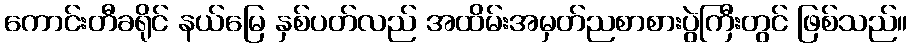
ကောင်းတီခရိုင် နယ်မြေ နှစ်ပတ်လည် အထိမ်းအမှတ်ညစာစားပွဲကြီးတွင် ဖြစ်သည်။